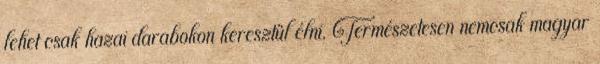
lehet csak hazai darabokon keresztül élni. Természetesen nemcsak magyar